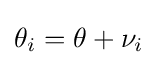
\theta _{i}=\theta +\nu _{i}